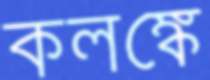
কলঙ্কে